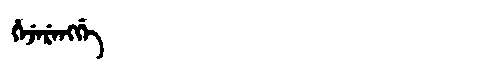
Manchu: ᡥᡝᠵᡝᡵᡝᠩᡤᡝ
Romanization: HEJERENGGE